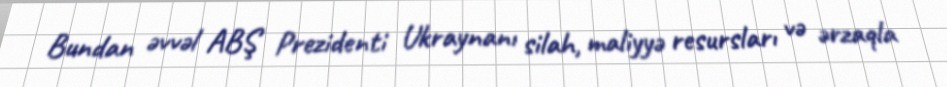
Bundan əvvəl ABŞ Prezidenti Ukraynanı silah, maliyyə resursları və ərzaqla